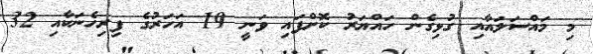
މި މައްސަލައާއި ގުޅިގެން ހައްޔަރު ކޮށްފައި ވަނީ 19 އަހަރުގެ ފިރިހެނަކާއި 32